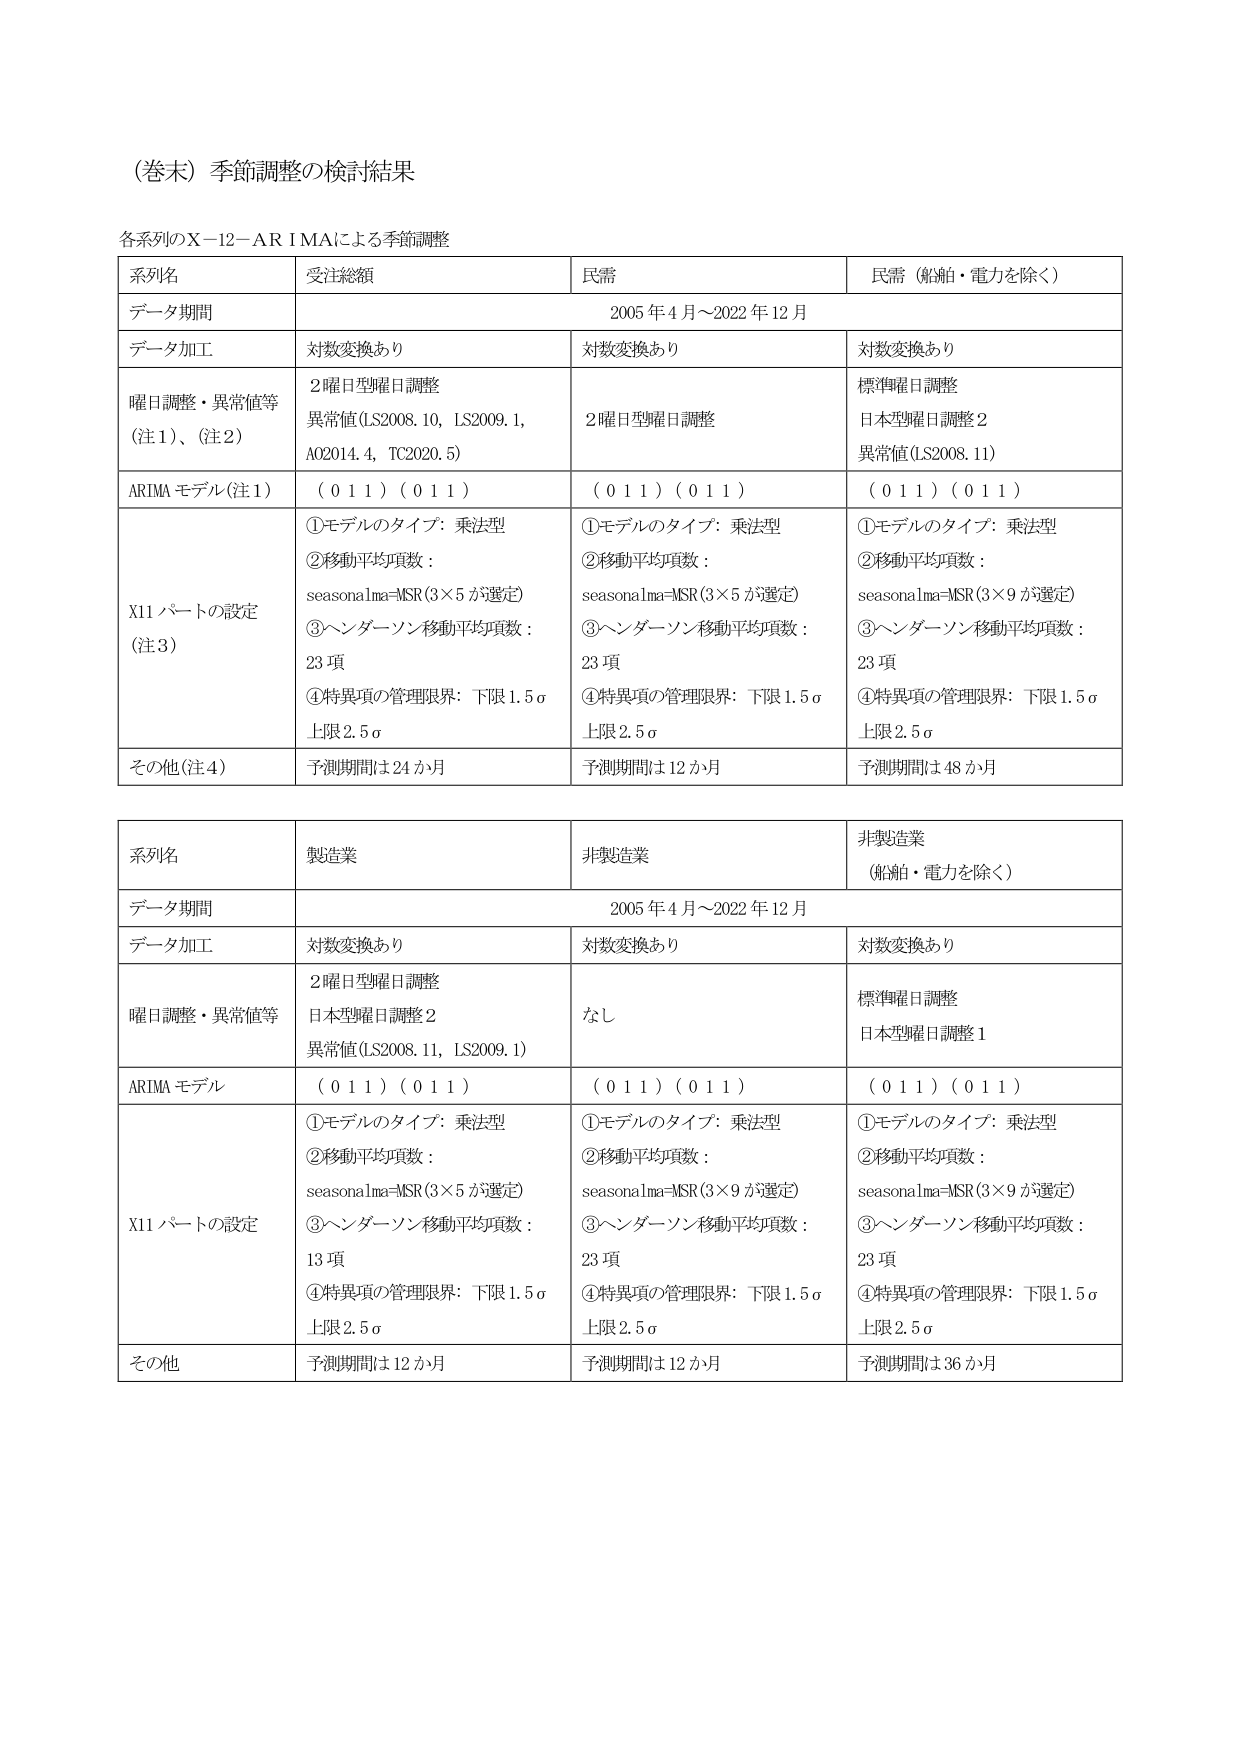
（巻末）季節調整の検討結果

各系列のX-12-ARIMAによる季節調整

| 系列名 | 受注総額 | 民需 | 民需（船舶・電力を除く） |
|--------|----------|------|--------------------------|
| データ期間 | | 2005年4月～2022年12月 | |
| データ加工 | 対数変換あり | 対数変換あり | 対数変換あり |
| 曜日調整・異常値等（注1）、（注2） | 2曜日型曜日調整<br>異常値(LS2008.10, LS2009.1, A02014.4, TC2020.5) | 2曜日型曜日調整 | 標準曜日調整<br>日本型曜日調整2<br>異常値(LS2008.11) |
| ARIMAモデル（注1） | （0 1 1）（0 1 1） | （0 1 1）（0 1 1） | （0 1 1）（0 1 1） |
| X11パーソンの設定（注3） | ①モデルのタイプ：乗法型<br>②移動平均項数：<br>seasonalma=MSR(3×5が選定)<br>③ヘンダーソン移動平均項数：<br>23項<br>④特異項の管理限界：下限1.5σ<br>上限2.5σ | ①モデルのタイプ：乗法型<br>②移動平均項数：<br>seasonalma=MSR(3×5が選定)<br>③ヘンダーソン移動平均項数：<br>23項<br>④特異項の管理限界：下限1.5σ<br>上限2.5σ | ①モデルのタイプ：乗法型<br>②移動平均項数：<br>seasonalma=MSR(3×9が選定)<br>③ヘンダーソン移動平均項数：<br>23項<br>④特異項の管理限界：下限1.5σ<br>上限2.5σ |
| その他（注4） | 予測期間は24か月 | 予測期間は12か月 | 予測期間は48か月 |

| 系列名 | 製造業 | 非製造業 | 非製造業（船舶・電力を除く） |
|--------|--------|----------|------------------------------|
| データ期間 | | 2005年4月～2022年12月 | |
| データ加工 | 対数変換あり | 対数変換あり | 対数変換あり |
| 曜日調整・異常値等 | 2曜日型曜日調整<br>日本型曜日調整2<br>異常値(LS2008.11, LS2009.1) | なし | 標準曜日調整<br>日本型曜日調整1 |
| ARIMAモデル | （0 1 1）（0 1 1） | （0 1 1）（0 1 1） | （0 1 1）（0 1 1） |
| X11パーソンの設定 | ①モデルのタイプ：乗法型<br>②移動平均項数：<br>seasonalma=MSR(3×5が選定)<br>③ヘンダーソン移動平均項数：<br>13項<br>④特異項の管理限界：下限1.5σ<br>上限2.5σ | ①モデルのタイプ：乗法型<br>②移動平均項数：<br>seasonalma=MSR(3×9が選定)<br>③ヘンダーソン移動平均項数：<br>23項<br>④特異項の管理限界：下限1.5σ<br>上限2.5σ | ①モデルのタイプ：乗法型<br>②移動平均項数：<br>seasonalma=MSR(3×9が選定)<br>③ヘンダーソン移動平均項数：<br>23項<br>④特異項の管理限界：下限1.5σ<br>上限2.5σ |
| その他 | 予測期間は12か月 | 予測期間は12か月 | 予測期間は36か月 |